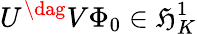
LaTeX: U^{\dag}V\Phi_{0}\in\mathfrak{H}_{K}^{1}